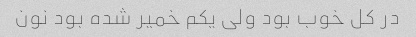
در کل خوب بود ولی یکم خمیر شده بود نون